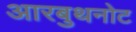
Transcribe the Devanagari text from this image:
आरबुथनोट